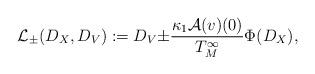
LaTeX: \begin{align*} \mathcal{L}_{\pm}(D_X,D_V):= D_V{\pm}\frac{\kappa_1\mathcal{A}(v)(0)}{T_M^\infty}\Phi(D_X),\end{align*}